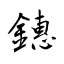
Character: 鏸